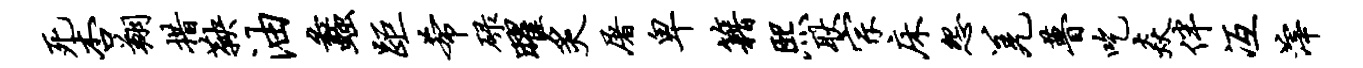
死杏翔措鞅油蠡距希碌曜炙屠卑籍熙耿宗床怨羌瞢吃焱伴冱滓